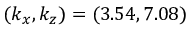
( k _ { x } , k _ { z } ) = ( 3 . 5 4 , 7 . 0 8 )